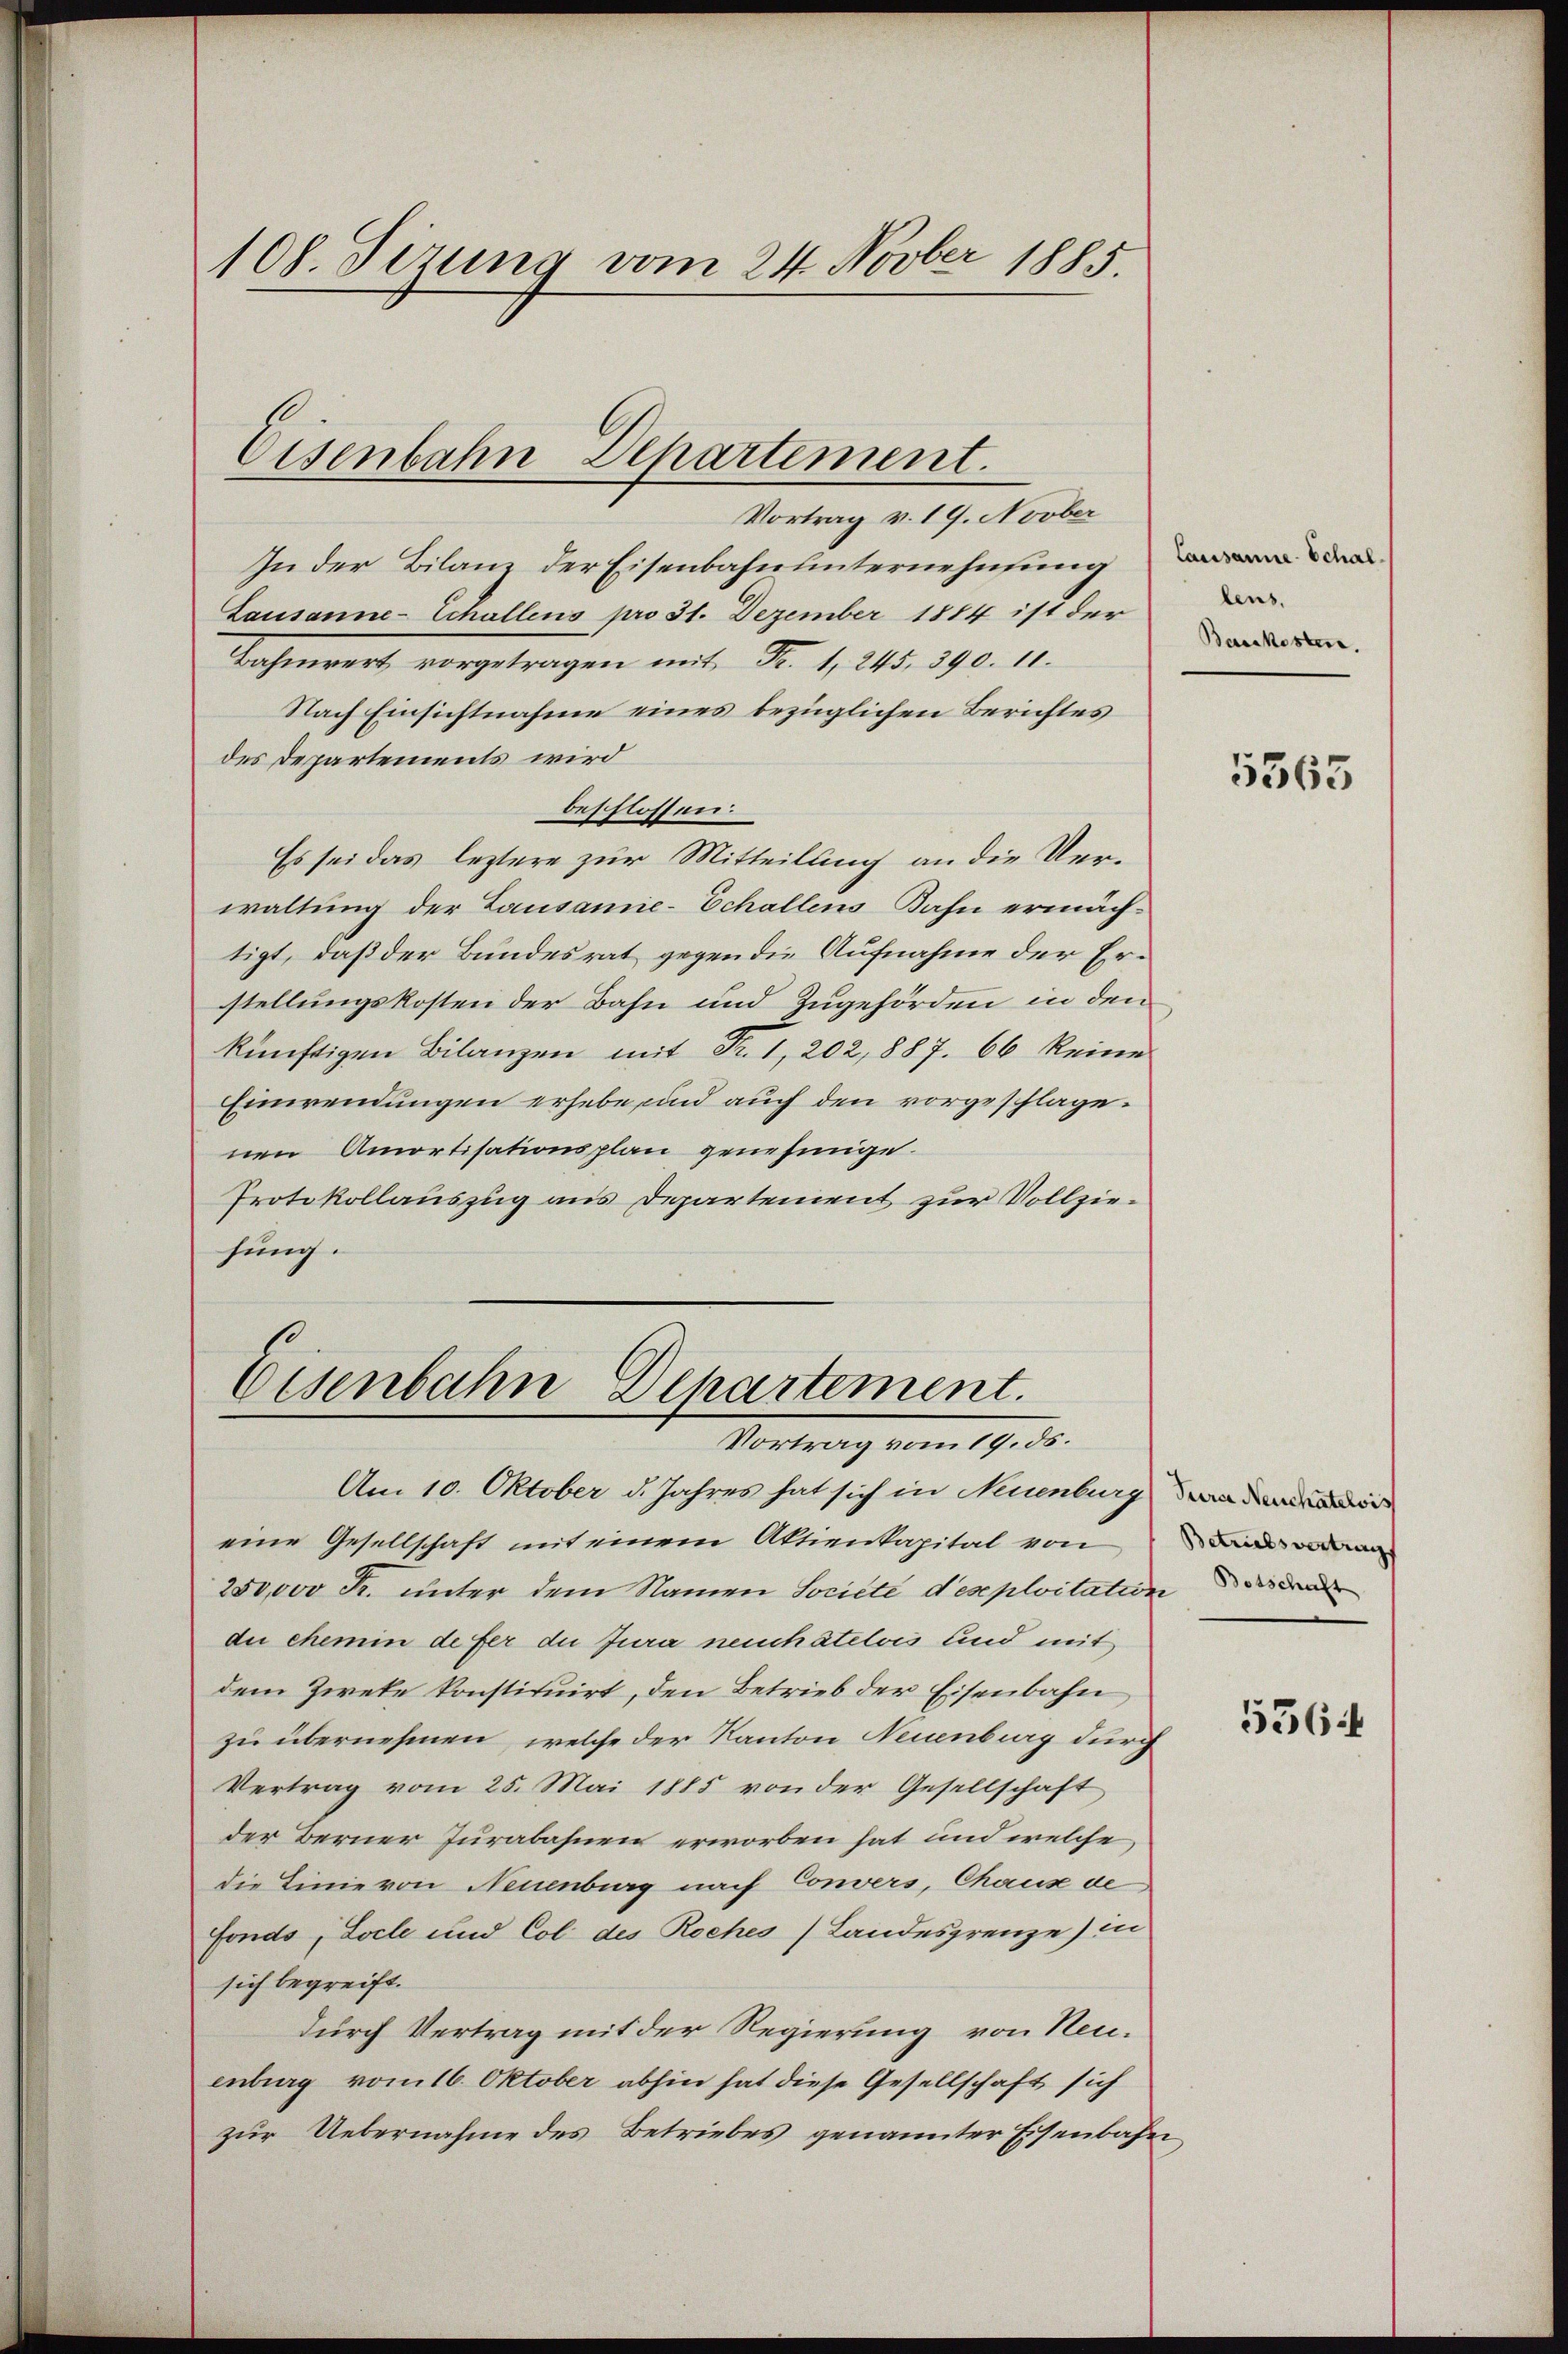
108. Sizung vom 24. Novber 1885.

Eisenbahn Departement.

Vortrag v. 19. Novber
In der Bilanz der Eisenbahnunternehmung
Lausanne-Schallens pro 31. Dezember 1884 ist der
Bahnert vorgetragen mit Fr. 1, 245, 390. 11.
Nach Einsichtnahme eines bezüglichen Berichtes
des Departements wird
beschlossen:
Es sei das letztere zur Mitteilung an die Verwaltung der Lausamie-Echallens Bahn ermächtigt, daß der Bundesrat gegen die Aufnahme der Erstellungskosten der Bahn und Zugehörden in den
künftigen Bilanzen mit Fr. 1, 202, 887. 66 keine
Einwendungen erhebe, und auch den vorgeschlagenen Amortisationsplan genehmige.
Protokollauszug aus Departement zur Vollziesung.

Eisenbahn Departement.
Vortrag vom 19. ds.

Am 10. Oktober d. Jahres hat sich in Neuenburg an dem der
eine Gesellschaft mit einem Aktienkapital von
250,000 R. unter dem Namen Société d’exploitation der
di chemin defer du Jura neuchâtelois und mit
dem Zweke konstituirt, den Betrieb der Eisenbahn
zu übernehmen, welche der Kanton Neuenburg durch
Vertrag vom 25. Mai 1885 von der Gesellschaft
der Berner Jurabahnen erworben hat und welche
die Linie von Neuenburg nach Convers, Chaus de
Fonds, Locle und Col des Roches Landesgrenze) in
sich begreift.
durch Vertrag mit der Regierung von Neuenburg vom 16. Oktober abhin hat diese Gesellschaft sich
zur Uebernahme des Betriebes genannter Eisenbahn

lens.
Baukosten.

5365

5364